Leningradi_Edasi_toimetus, lk 79
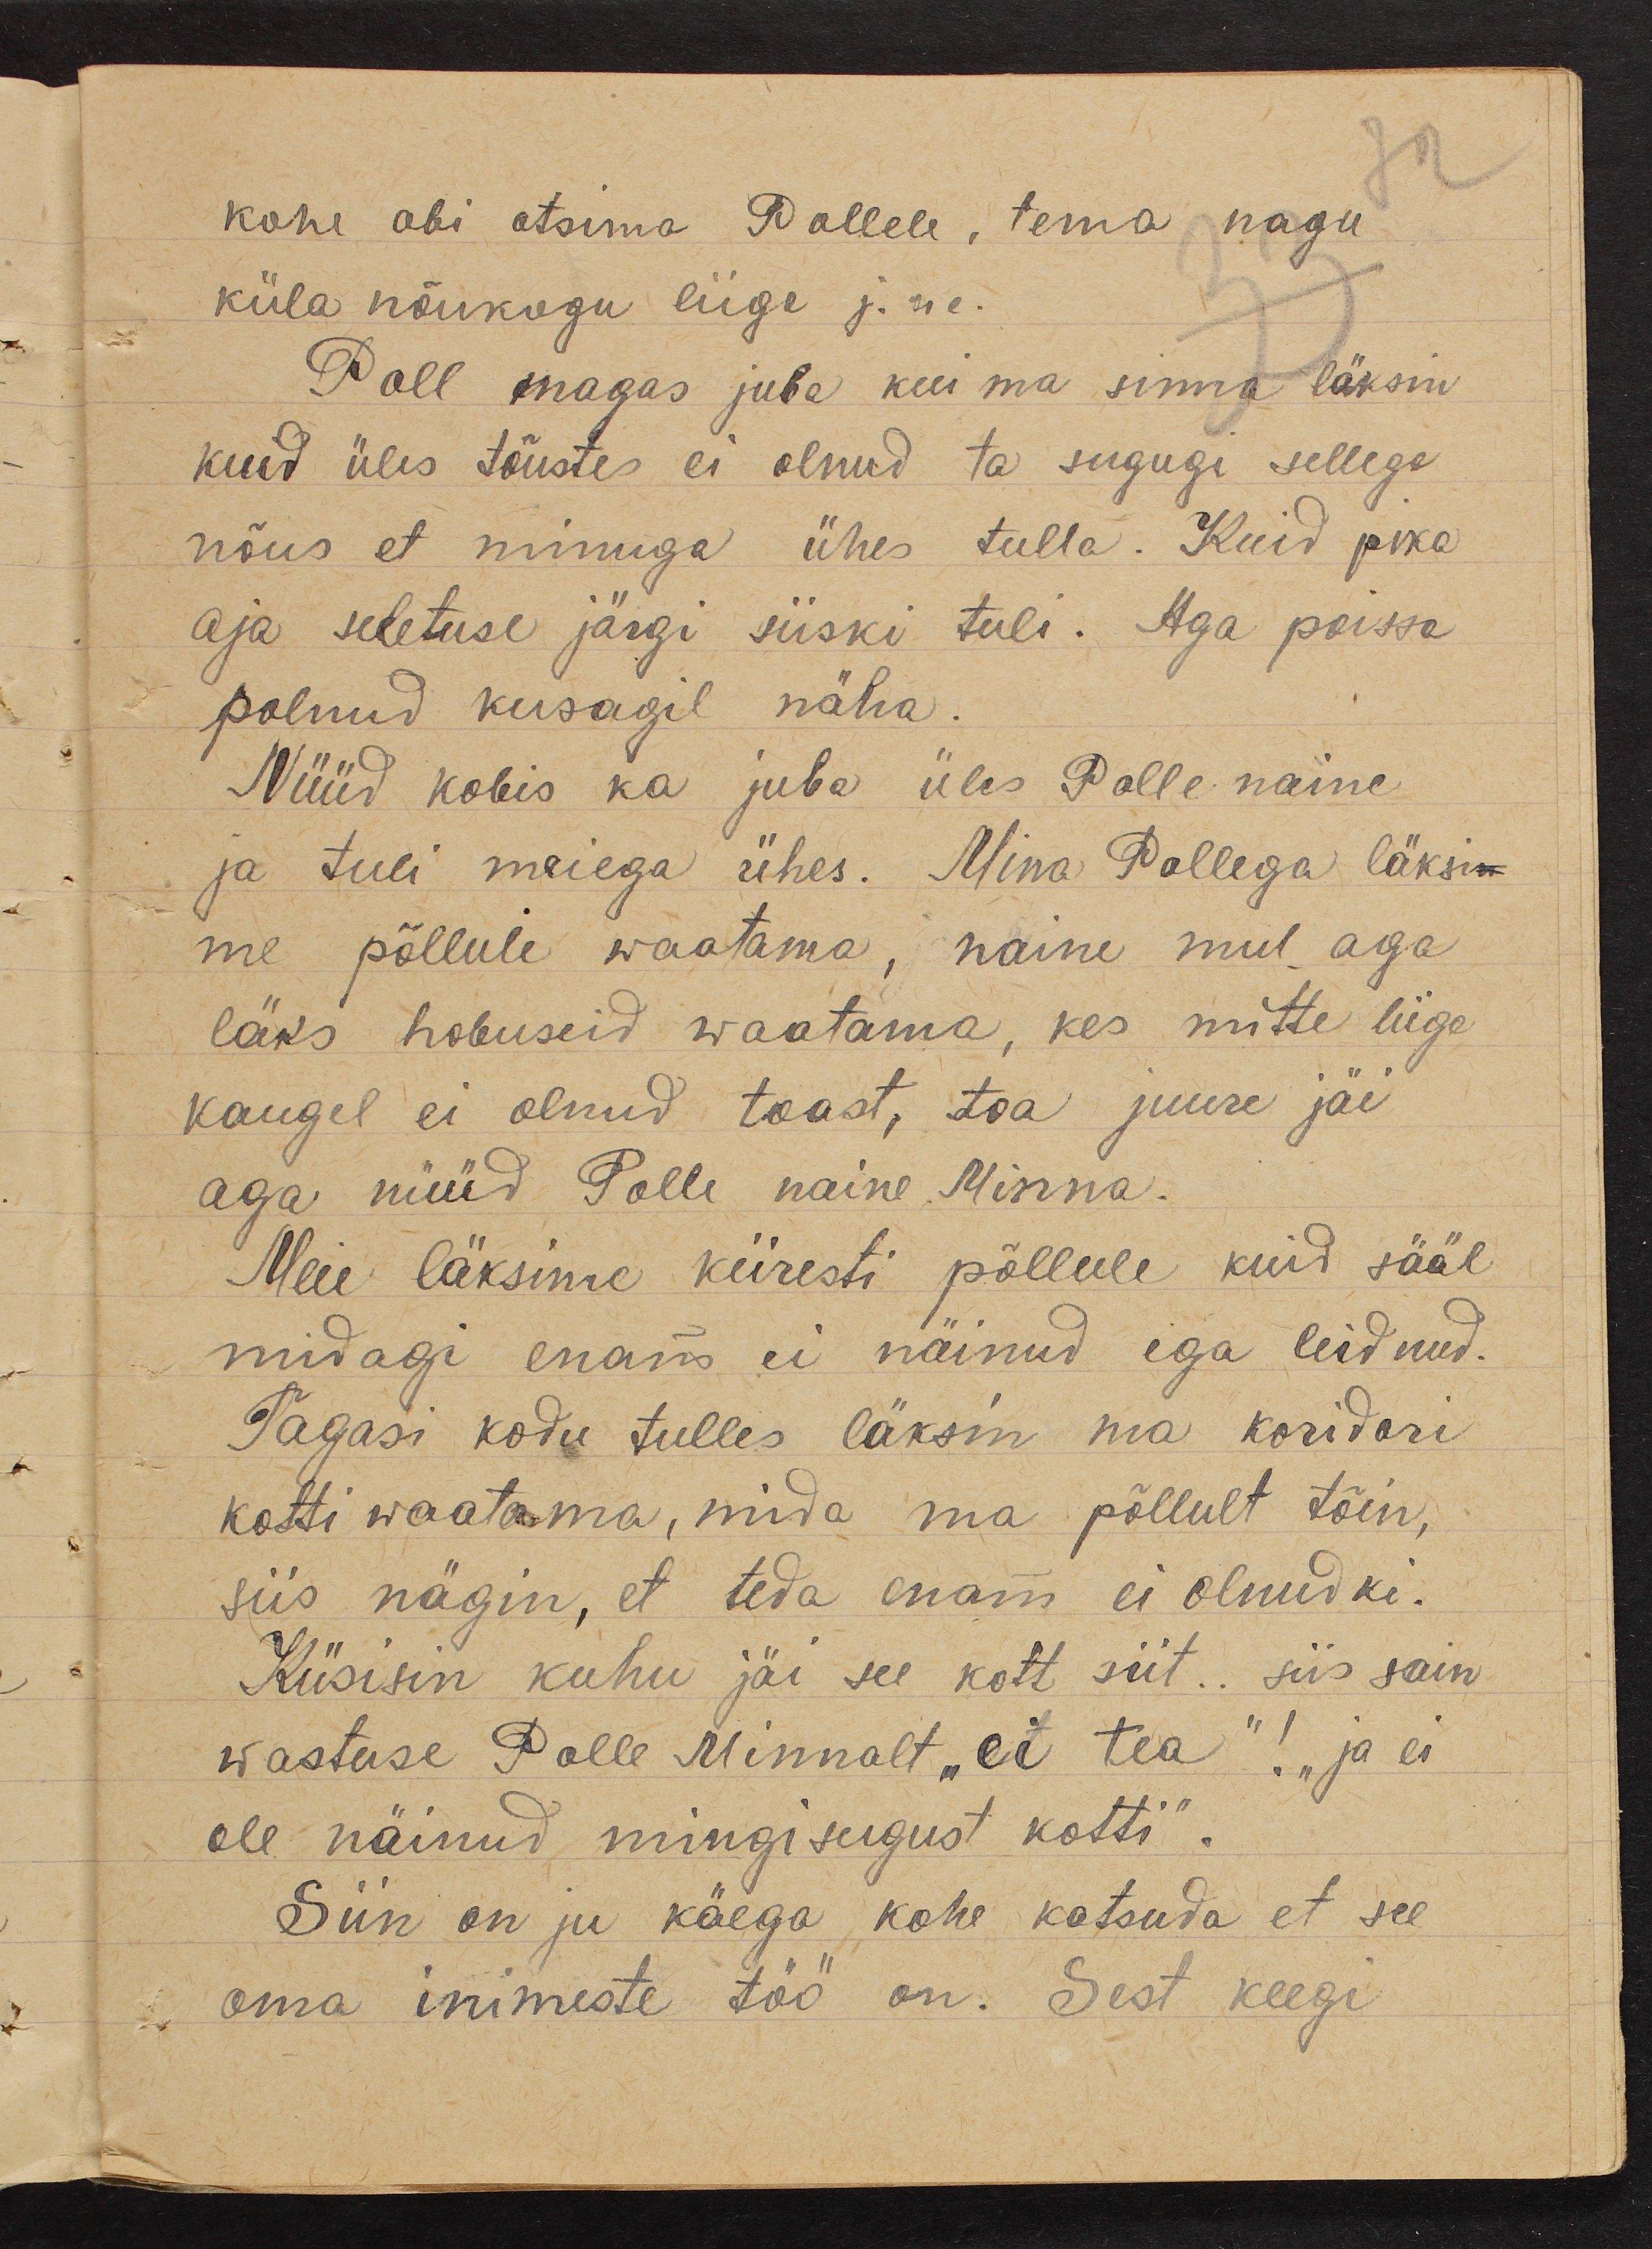
kohe abi otsima Pollele, tema nagu
küla nõukogu liige j. n e.
Poll magas juba kui ma sinna läksin
kuid üles tõustes ei olnud ta sugugi sellega
nõus et minuga ühes tulla. Kuid pika
aja seletuse järgi siiski tuli. Aga poisse
polnud kusagil näha.
Nüüd kobis ka juba üles Polle naine
ja tuli meiega ühes. Mina Pollega läksi-
me põllule waatama, naine mul aga
läks hobuseid waatama, kes mitte liiga
kaugel ei olnud toast, toa juure jäi
aga nüüd Polle naine Minna.
Meie läksime kiiresti põllule kuid sääl
midagi enam ei näinud ega leidnud.
Tagasi kodu tulles läksin ma koridori
kotti waatama, mida ma põllult tõin,
siis nägin, et teda enam ei olnudki.
Küsisin kuhu jäi see kott siit.. siis sain
wastuse Polle Minnalt "ei tea"! "ja ei
ole näinud mingisugust kotti".
Siin on ju käega kohe katsuda et see
oma inimeste töö on. Sest keegi